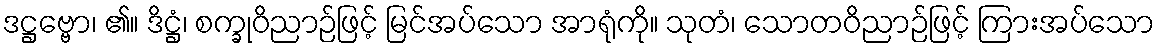
ဒဋ္ဌဗ္ဗော၊ ၏။ ဒိဋ္ဌံ၊ စက္ခုဝိညာဉ်ဖြင့် မြင်အပ်သော အာရုံကို။ သုတံ၊ သောတဝိညာဉ်ဖြင့် ကြားအပ်သော